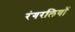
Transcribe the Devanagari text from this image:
रंगरलियाँ